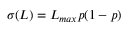
\sigma ( L ) = L _ { m a x } p ( 1 - p )